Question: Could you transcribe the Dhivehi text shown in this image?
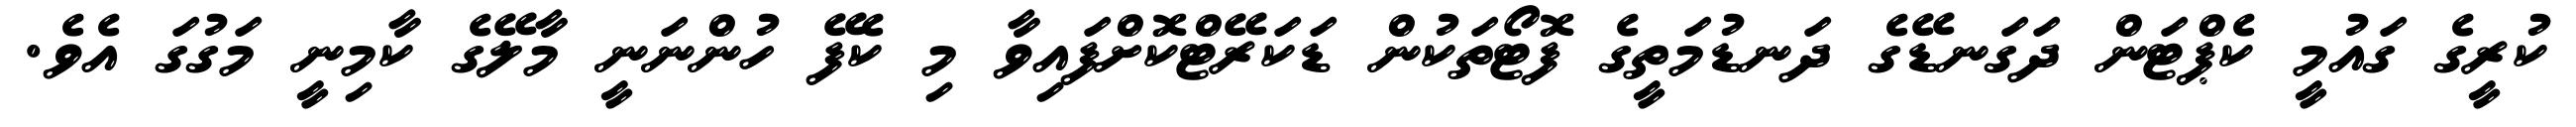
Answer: ކުރީގެ ގައުމީ ކެޕްޓަން ދަގަނޑޭގެ ދަނޑުމަތީގެ ފޮޓޯތަކުން ޑަކަރޭޓްކޮށްފައިވާ މި ކެފޭ ހުންނަނީ މާލޭގެ ކާމިނީ މަގުގަ އެވެ.